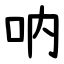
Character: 呐